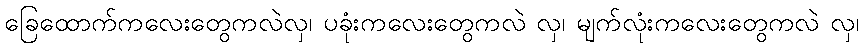
ခြေထောက်ကလေးတွေကလဲလှ၊ ပခုံးကလေးတွေကလဲ လှ၊ မျက်လုံးကလေးတွေကလဲ လှ၊